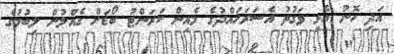
އަދި ހޮނު އެޅި ވަގުތު އެސަރަހައްދުގެ މެއިން ކަރަންޓު ބޯޑަށް ގެއްލުން ލިބުމުގެ